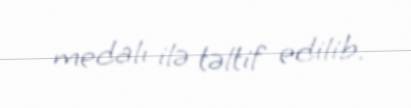
medalı ilə təltif edilib.